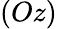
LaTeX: (Oz)